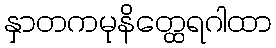
နှာတကမုနိတ္ထေရဂါထာ